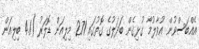
އެއްބަސްވުން އުވާލުމާ ގުޅިގެން ބަދަލުގެ ގޮތުގައި 271 މިލިއަން ޑޮލަރު (4.1 ބިލިއަން